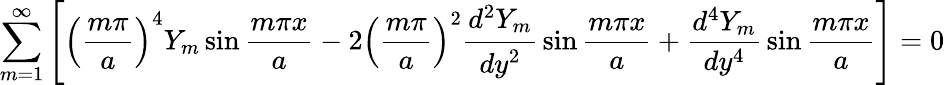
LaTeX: \sum_{m=1}^{\infty}\left[\left({\frac{m\pi}{a}}\right)^{4}Y_{m}\sin{\frac{m\pi x}{a}}-2\left({\frac{m\pi}{a}}\right)^{2}{\cfrac{d^{2}Y_{m}}{dy^{2}}}\sin{\frac{m\pi x}{a}}+{\frac{d^{4}Y_{m}}{dy^{4}}}\sin{\frac{m\pi x}{a}}\right]=0